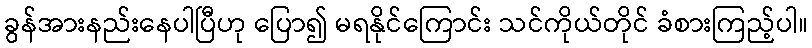
ခွန်အားနည်းနေပါပြီဟု ပြော၍ မရနိုင်ကြောင်း သင်ကိုယ်တိုင် ခံစားကြည့်ပါ။